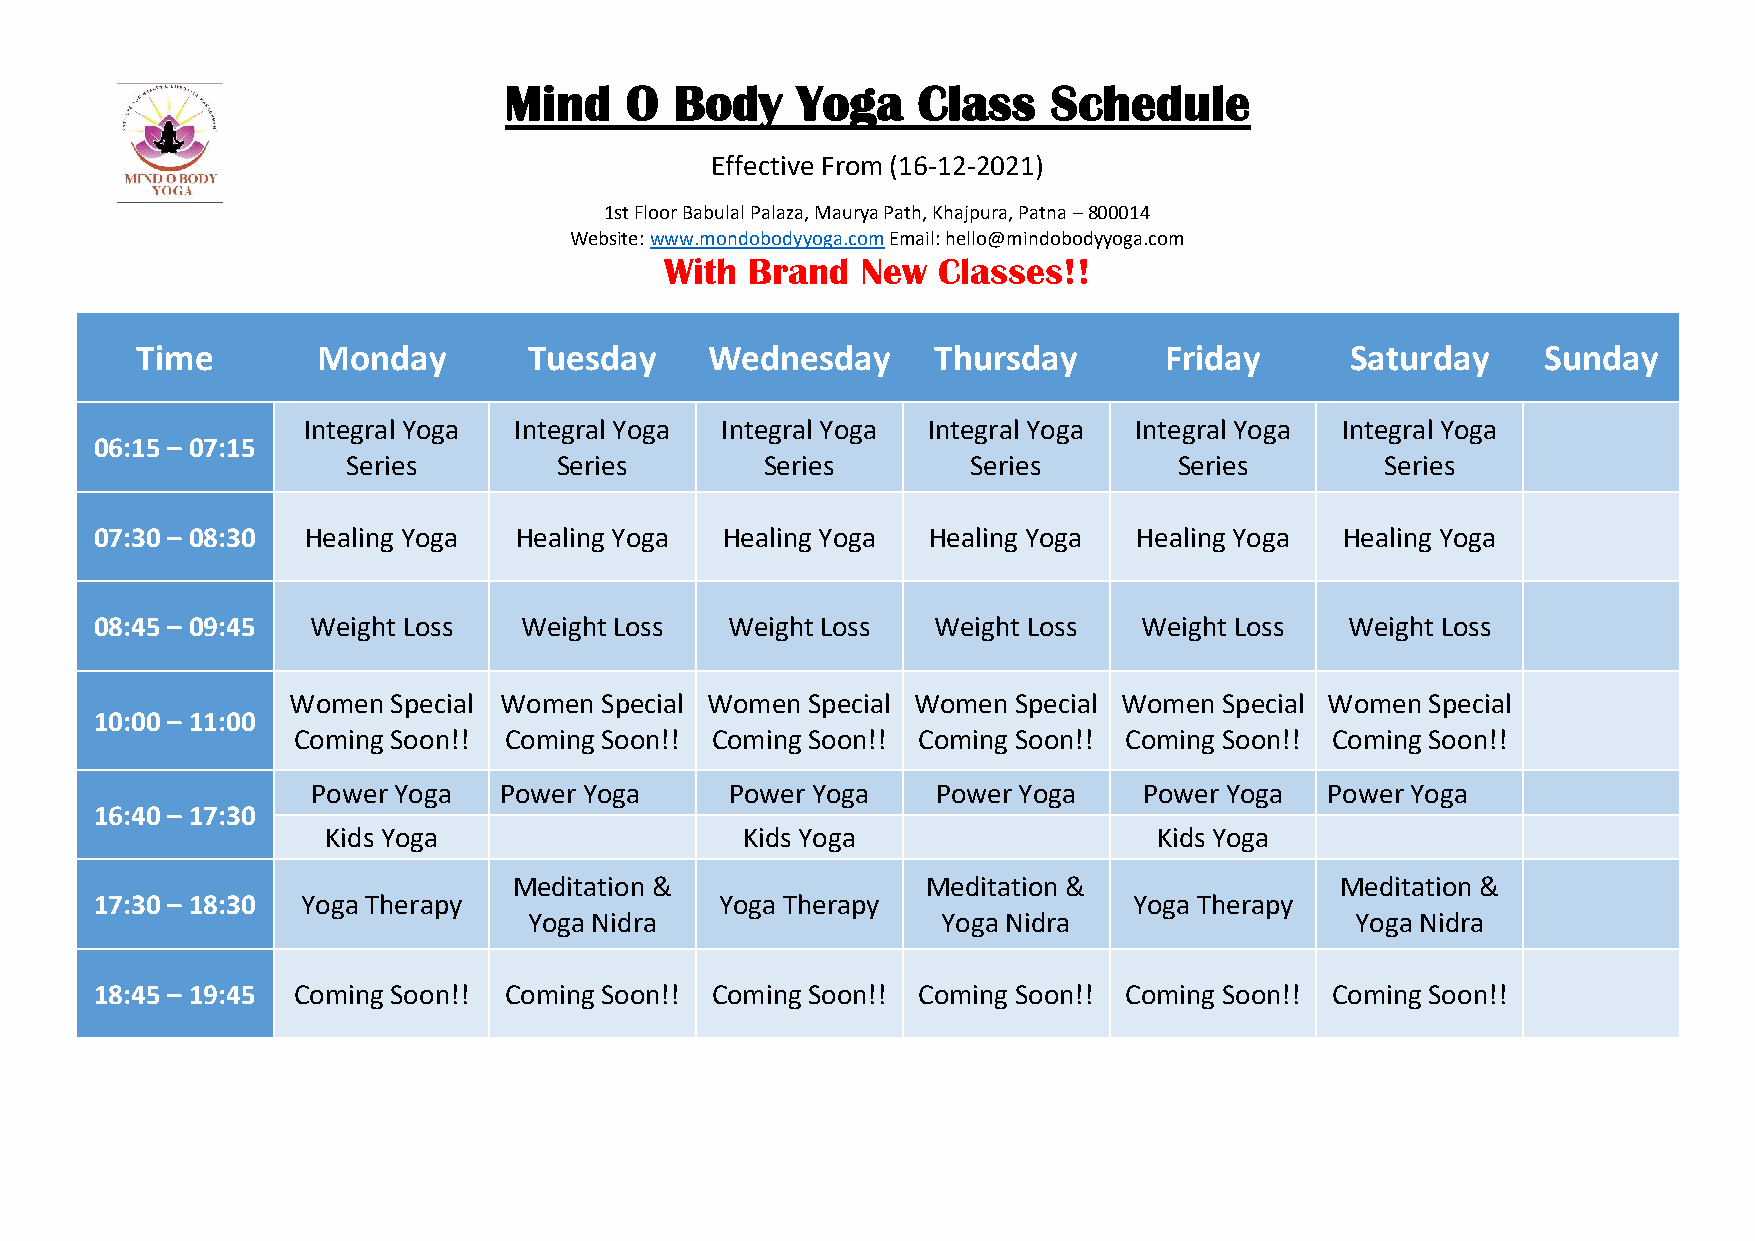
Mind    O   Body    Yoga    Class    Schedule
 Effective From (16-12-2021)
 1st Floor Babulal Palaza, Maurya Path, Khajpura, Patna – 800014
 Website: www.mondobodyyoga.com Email: hello@mindobodyyoga.com
 With  Brand  New  Classes!!
 Time        Monday        Tuesday     Wednesday      Thursday       Friday      Saturday     Sunday
 Integral Yoga Integral Yoga Integral Yoga Integral Yoga Integral Yoga Integral Yoga
 06:15 – 07:15
 Series        Series        Series       Series        Series        Series
 07:30 – 08:30 Healing Yoga  Healing Yoga  Healing Yoga Healing Yoga  Healing Yoga  Healing Yoga
 08:45 – 09:45  Weight Loss  Weight Loss   Weight Loss   Weight Loss   Weight Loss  Weight Loss
 Women  Special Women Special Women Special Women Special Women Special Women Special
 10:00 – 11:00
 Coming Soon!! Coming Soon!! Coming Soon!! Coming Soon!! Coming Soon!! Coming Soon!!
 Power Yoga  Power Yoga     Power Yoga    Power Yoga    Power Yoga  Power Yoga
 16:40 – 17:30
 Kids Yoga                  Kids Yoga                   Kids Yoga
 Meditation &               Meditation &                Meditation &
 17:30 – 18:30 Yoga Therapy                Yoga Therapy               Yoga Therapy
 Yoga Nidra                 Yoga Nidra                  Yoga Nidra
 18:45 – 19:45 Coming Soon!! Coming Soon!! Coming Soon!! Coming Soon!! Coming Soon!! Coming Soon!!